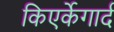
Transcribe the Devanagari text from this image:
किएर्केगार्द